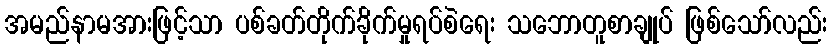
အမည်နာမအားဖြင့်သာ ပစ်ခတ်တိုက်ခိုက်မှုရပ်စဲရေး သဘောတူစာချုပ် ဖြစ်သော်လည်း